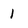
Character: 1